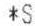
*S